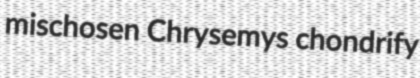
mischosen Chrysemys chondrify